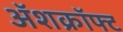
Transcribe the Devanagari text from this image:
अॅशक्रॉफ्ट